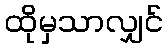
ထိုမှသာလျှင်